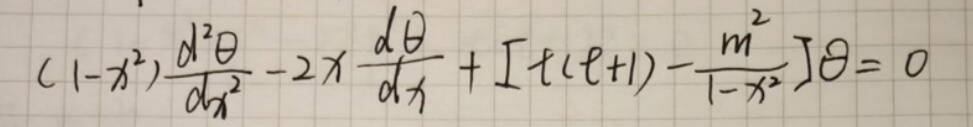
\((1 - x^{2})\frac{d^{2}\theta}{dx^{2}} - 2x\frac{d\theta}{dx}+[\ell(\ell + 1)-\frac{m^{2}}{1 - x^{2}}]\theta = 0\)